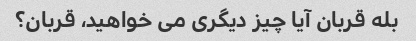
بله قربان آیا چیز دیگری می خواهید، قربان؟